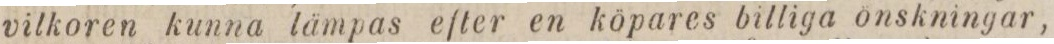
vilkoren kunna lämpas efter en köpares billiga önskningar,